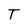
Character: T